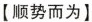
【顺势而为】